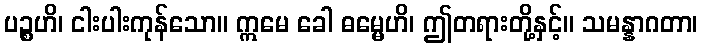
ပဉ္စဟိ၊ ငါးပါးကုန်သော။ ဣမေ ခေါ ဓမ္မေဟိ၊ ဤတရားတို့နှင့်။ သမန္နာဂတာ၊